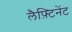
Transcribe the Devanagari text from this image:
लैफ़्टिनेंट